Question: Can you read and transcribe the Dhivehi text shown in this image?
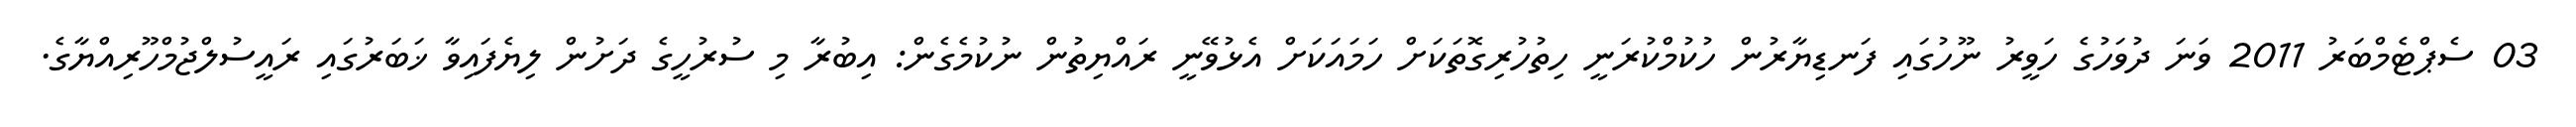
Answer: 03 ސެޕްޓެމްބަރު 2011 ވަނަ ދުވަހުގެ ހަވީރު ނޫހުގައި ފަނޑިޔާރުން ހުކުމްކުރަނީ ހިތުހުރިގޮތަކަށް ހަމައަކަށް އެޅުވޭނީ ރައްޔިތުން ނުކުމެގެން: އިބުރާ މި ސުރުހީގެ ދަށުން ލިޔެފައިވާ ޚަބަރުގައި ރައީސުލްޖުމްހޫރިއްޔާގެ.